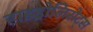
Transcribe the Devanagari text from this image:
हाइड्रोलिसेट्स